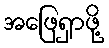
အဖြေရှာဖို့